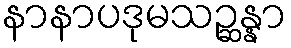
နာနာပဒုမသဉ္ဆန္နာ